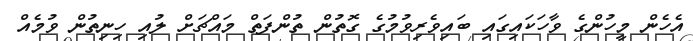
އެހެން މީހުންގެ ވާހަކައިގައި ބައިވެރިވުމުގެ ގޮތުން ތުންފަތް މައްޗަށް ލުއި ހިނިތުން ވުމެއް